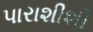
પારાશીશી